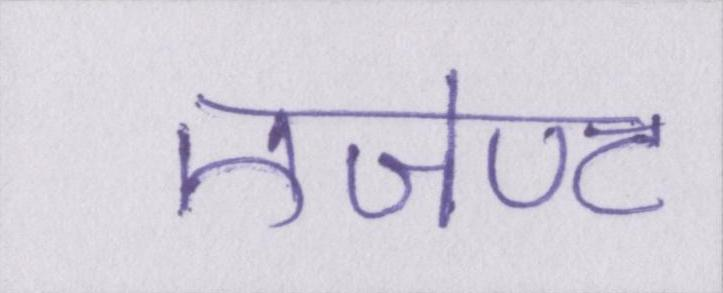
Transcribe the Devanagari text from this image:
एजेण्ट